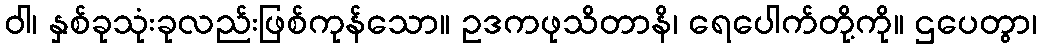
ဝါ၊ နှစ်ခုသုံးခုလည်းဖြစ်ကုန်သော။ ဥဒကဖုသိတာနိ၊ ရေပေါက်တို့ကို။ ဌပေတွာ၊